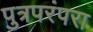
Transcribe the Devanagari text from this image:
पुत्रपरंपरा